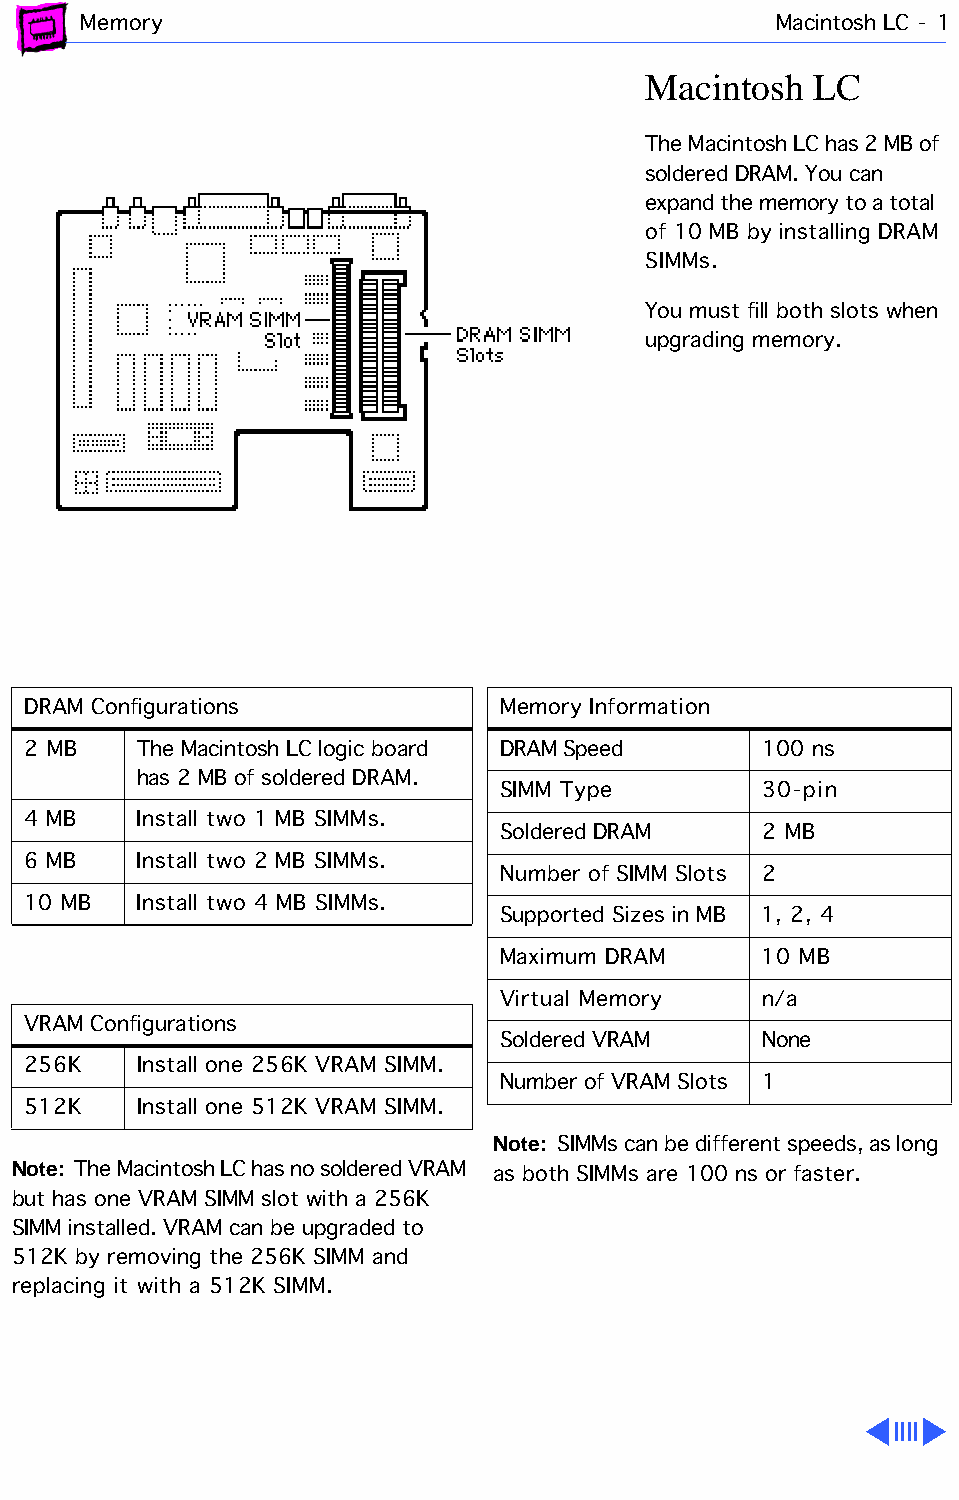
Memory                                        Macintosh LC - 1
 Macintosh  LC
 The Macintosh LC has 2 MB of
 soldered DRAM. You can
 expand the memory to a total
 of 10 MB by installing DRAM
 SIMMs.
 You must fill both slots when
 upgrading memory.
 DRAM Configurations             Memory Information
 2 MB    The Macintosh LC logic board DRAM Speed  100 ns
 has 2 MB of soldered DRAM.
 SIMM Type        30-pin
 4 MB    Install two 1 MB SIMMs.
 Soldered DRAM    2 MB
 6 MB    Install two 2 MB SIMMs.
 Number of SIMM Slots 2
 10 MB   Install two 4 MB SIMMs.
 Supported Sizes in MB 1, 2, 4
 Maximum DRAM     10 MB
 Virtual Memory   n/a
 VRAM Configurations
 Soldered VRAM    None
 256K    Install one 256K VRAM SIMM.
 Number of VRAM Slots 1
 512K    Install one 512K VRAM SIMM.
 Note: SIMMs can be different speeds, as long
 Note: The Macintosh LC has no soldered VRAM as both SIMMs are 100 ns or faster.
 but has one VRAM SIMM slot with a 256K
 SIMM installed. VRAM can be upgraded to
 512K by removing the 256K SIMM and
 replacing it with a 512K SIMM.